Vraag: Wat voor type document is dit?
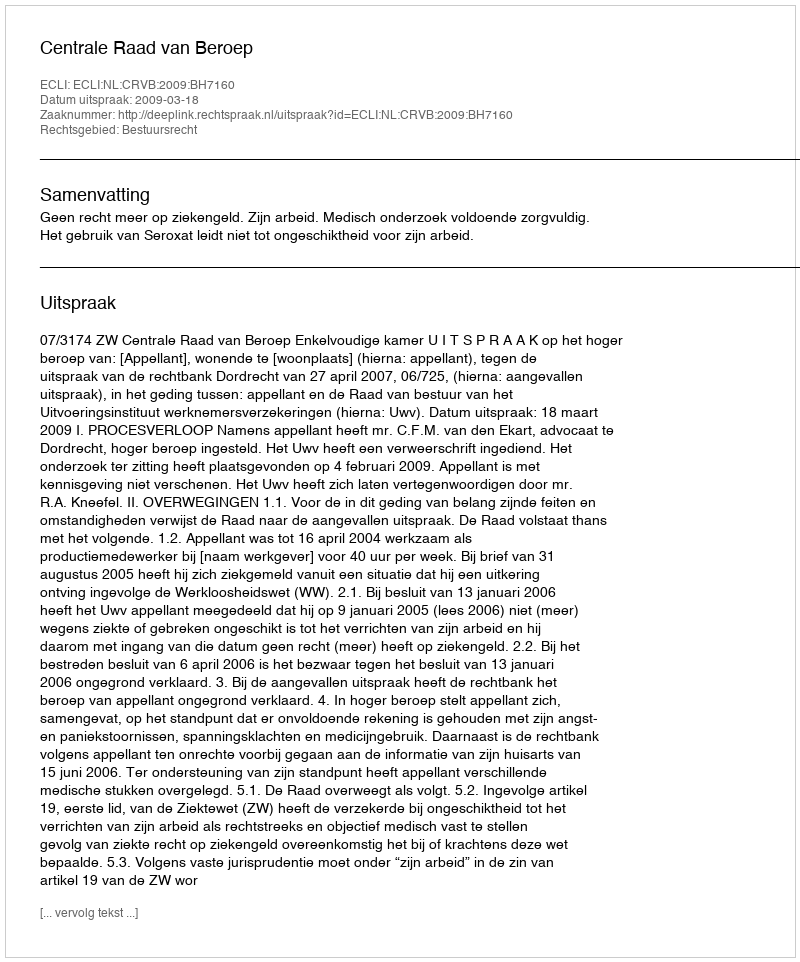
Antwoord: Uitspraak